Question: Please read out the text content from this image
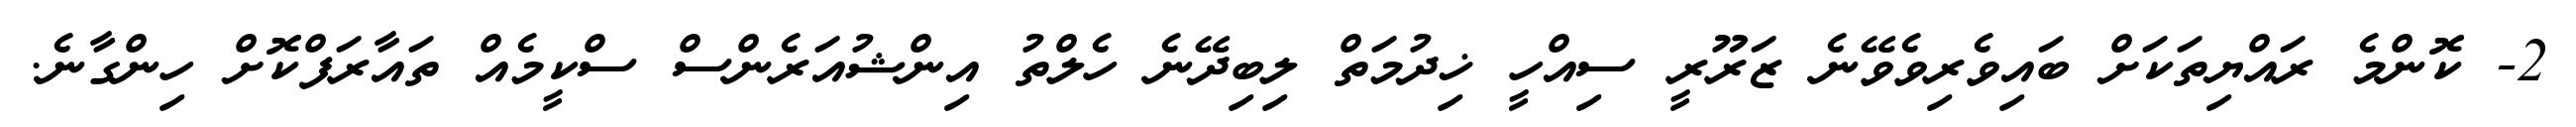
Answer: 2- ކޮންމެ ރައްޔިތަކަށް ބައިވެރިވެވޭނެ ޒަރޫރީ ސިއްހީ ޚިދުމަތް ލިބިދޭނެ ހެލްތު އިންޝުއަރެންސް ސްކީމެއް ތައާރަފްކޮށް ހިންގާނެ.